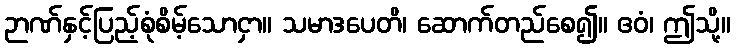
ဉာဏ်နှင့်ပြည့်စုံစိမ့်သောငှာ။ သမာဒပေတိ၊ ဆောက်တည်စေ၍။ ဧဝံ၊ ဤသို့။